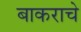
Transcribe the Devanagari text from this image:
बाकराचे